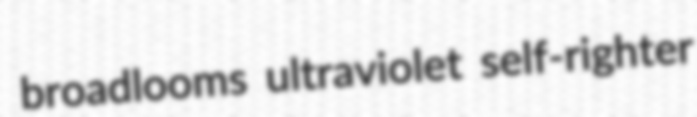
broadlooms ultraviolet self-righter